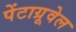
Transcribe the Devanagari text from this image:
पेंटाग्रूवेल